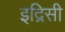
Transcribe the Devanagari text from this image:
इद्रिसी